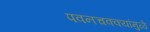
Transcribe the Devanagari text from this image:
पवनचक्‍क्‍यांमुळे